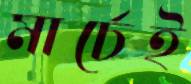
মার্চেই